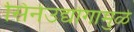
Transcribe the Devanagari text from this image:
सिनेउद्योगामुळे